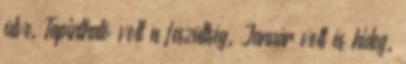
ülve. Tapintható volt a feszültség. Január volt és hideg.